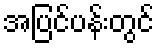
အပြင်ပန်းတွင်